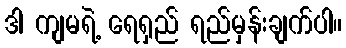
ဒါ ကျမရဲ့ ရေရှည် ရည်မှန်းချက်ပါ။